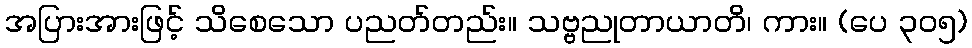
အပြားအားဖြင့် သိစေသော ပညတ်တည်း။ သဗ္ဗညုတာယာတိ၊ ကား။ (ပေ ၃၀၅)